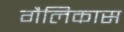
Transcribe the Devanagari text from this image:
गैलिकास